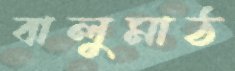
বালুমাঠ